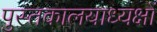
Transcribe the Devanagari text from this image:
पुस्तकालयाध्यक्षों